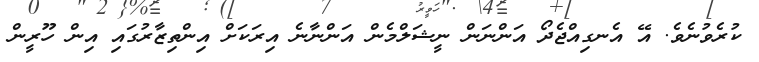
ކުރެވުނެވެ. އޭ އެނގިއްޖެދޯ އަންނަން ނީޝަލްމެން އަންނާނެ އިރަކަށް އިންތިޒާރުގައި އިން ހޫރީން